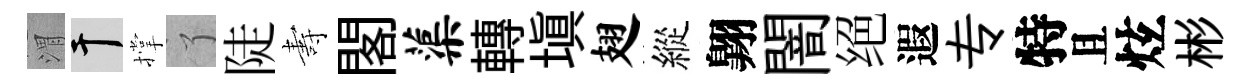
渭干撑了陡夀閣蕖轉填翅縱翺闇绝遐专特且炫彬